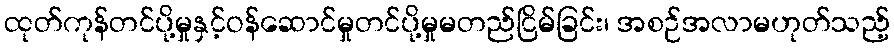
ထုတ်ကုန်တင်ပို့မှုနှင့်ဝန်ဆောင်မှုတင်ပို့မှုမတည်ငြိမ်ခြင်း၊ အစဉ်အလာမဟုတ်သည့်